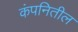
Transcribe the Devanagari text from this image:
कंपनितील